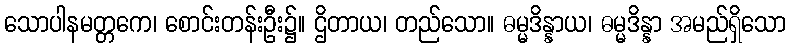
သောပါနမတ္တကေ၊ စောင်းတန်းဦး၌။ ဌိတာယ၊ တည်သော။ ဓမ္မဒိန္နာယ၊ ဓမ္မဒိန္နာ အမည်ရှိသော